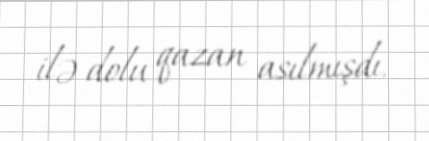
ilə dolu qazan asılmışdı.